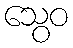
သွေဝ